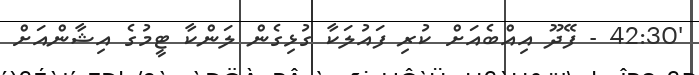
'42:30 - ފޭދޫ އިއްބެއަށް ކުރި ފައުލަކާ ގުޅިގެން ލަންކާ ޓީމުގެ އިޝާންއަށް